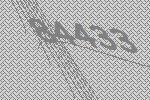
84433